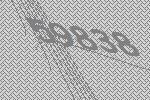
59838